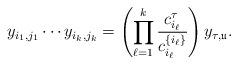
LaTeX: \begin{align*}y_{i_1,j_1}\cdots y_{i_k,j_k}=\left(\prod^k_{\ell=1}\frac{c_{i_{\ell}}^{\tau}}{c_{i_{\ell}}^{\{i_{\ell}\}}} \right)y_{\tau,\mathfrak{u}}.\end{align*}